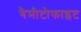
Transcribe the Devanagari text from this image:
गैमीटोफाइट